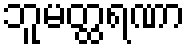
ဘူမတ္ထရဏာ